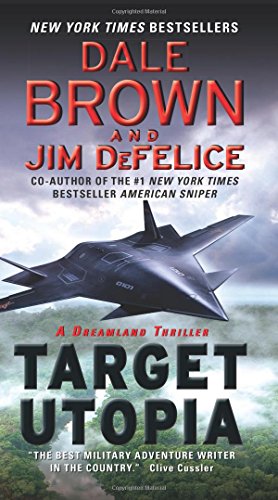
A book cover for Target Utopia: A Dreamland Thriller; Dale Brown; Mystery, Thriller & Suspense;